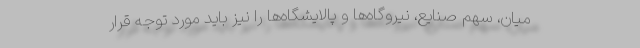
میان، سهم صنایع، نیروگاه‌ها و پالایشگاه‌ها را نیز باید مورد توجه قرار